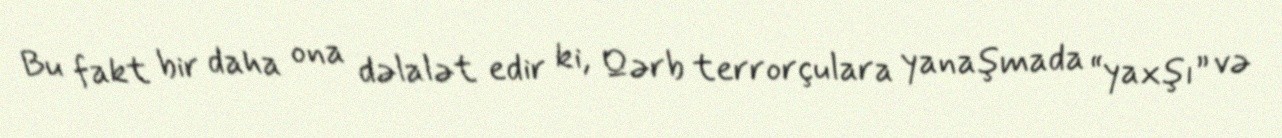
Bu fakt bir daha ona dəlalət edir ki, Qərb terrorçulara yanaşmada “yaxşı” və